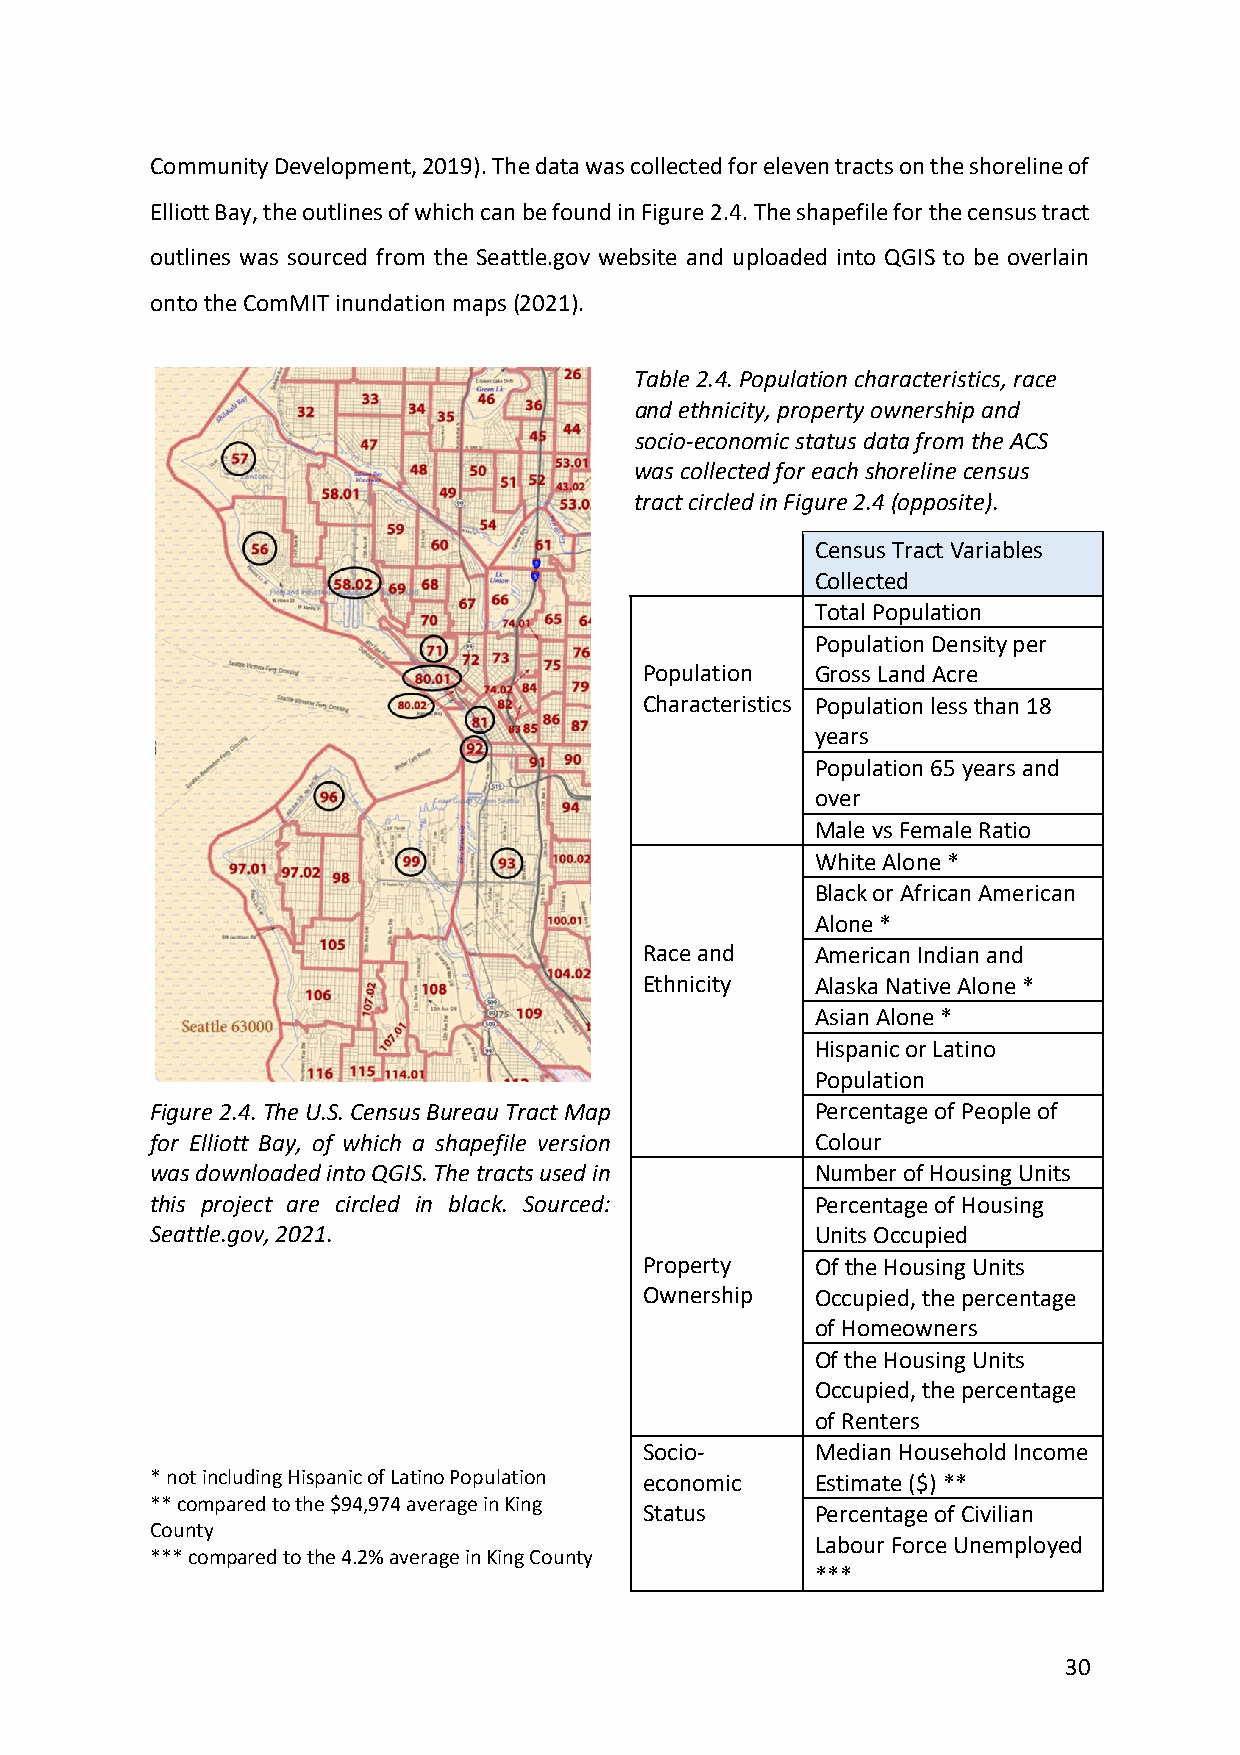
Community Development, 2019). The data was collected for eleven tracts on the shoreline of
 Elliott Bay, the outlines of which can be found in Figure 2.4. The shapefile for the census tract
 outlines was sourced from the Seattle.gov website and uploaded into QGIS to be overlain
 onto the ComMIT inundation maps (2021).
 Table 2.4. Population characteristics, race
 and ethnicity, property ownership and
 socio-economic status data from the ACS
 was collected for each shoreline census
 tract circled in Figure 2.4 (opposite).
 Census Tract Variables
 Collected
 Total Population
 Population Density per
 Population Gross Land Acre
 Characteristics Population less than 18
 years
 Population 65 years and
 over
 Male vs Female Ratio
 White Alone *
 Black or African American
 Alone *
 Race and   American Indian and
 Ethnicity  Alaska Native Alone *
 Asian Alone *
 Hispanic or Latino
 Population
 Figure 2.4. The U.S. Census Bureau Tract Map Percentage of People of
 for Elliott Bay, of which a shapefile version Colour
 was downloaded into QGIS. The tracts used in Number of Housing Units
 this project are circled in black. Sourced: Percentage of Housing
 Seattle.gov, 2021.                          Units Occupied
 Property   Of the Housing Units
 Ownership  Occupied, the percentage
 of Homeowners
 Of the Housing Units
 Occupied, the percentage
 of Renters
 Socio-     Median Household Income
 * not including Hispanic of Latino Population economic Estimate ($) **
 ** compared to the $94,974 average in King
 Status     Percentage of Civilian
 County
 Labour Force Unemployed
 *** compared to the 4.2% average in King County
 ***
 30